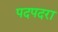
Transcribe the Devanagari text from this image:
पदपदरा